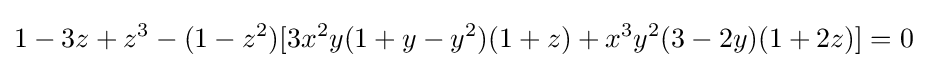
1-3z+z^{3}-(1-z^{2})[3x^{2}y(1+y-y^{2})(1+z)+x^{3}y^{2}(3-2y)(1+2z)]=0